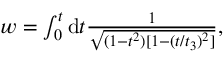
\begin{array} { r } { w = \int _ { 0 } ^ { t } \mathrm { d } t \frac { 1 } { \sqrt { ( 1 - t ^ { 2 } ) [ 1 - ( t / t _ { 3 } ) ^ { 2 } ] } } , } \end{array}